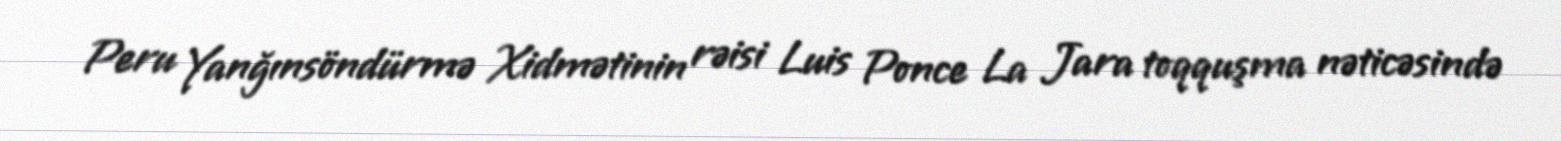
Peru Yanğınsöndürmə Xidmətinin rəisi Luis Ponce La Jara toqquşma nəticəsində